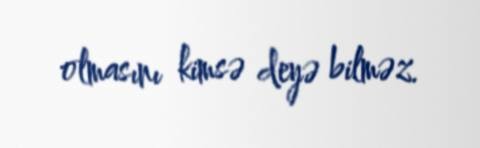
olmasını kimsə deyə bilməz.